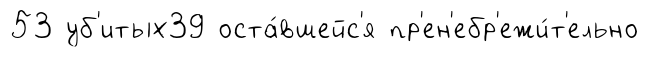
53 уб'итых39 оста́вшейс'я пр'ен'ебр'ежи́т'ельно